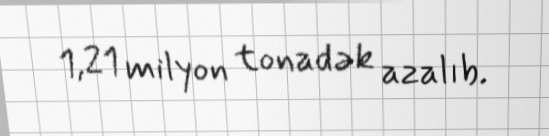
1,21 milyon tonadək azalıb.